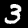
Label: 3